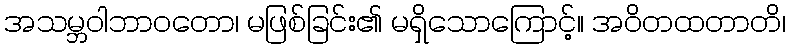
အသမ္ဘဝါဘာဝတော၊ မဖြစ်ခြင်း၏ မရှိသောကြောင့်။ အဝိတထတာတိ၊